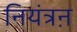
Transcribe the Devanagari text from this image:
नियंत्रऩ